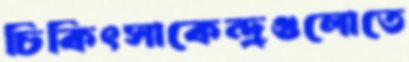
চিকিৎসাকেন্দ্রগুলোতে